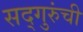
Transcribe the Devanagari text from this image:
सद्‍गुरुंची